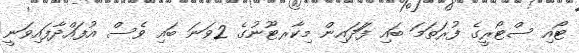
ޓޯއި ސްޓޯރީގެ ފުރަތަމަ ބައި ފަަދައިން މިކާރޓޫނުގެ 2ވަނަ ބައި ވެސް އުފައްދާފައިވަނީ